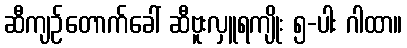
ဆီကျဉ်တောက်ခေါ် ဆီဗူးလှူရကျိုး ၅-ပါး ဂါထာ။